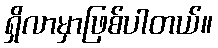
ရှိလာမှာဖြစ်ပါတယ်။